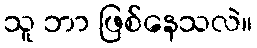
သူ ဘာ ဖြစ်နေသလဲ။